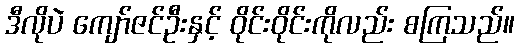
ဒီလိုပဲ ကျော်ဇင်ဦးနှင့် ဝိုင်းဝိုင်းကိုလည်း စကြသည်။